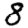
Digit: 8